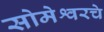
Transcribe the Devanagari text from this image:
सोमेश्वरचे